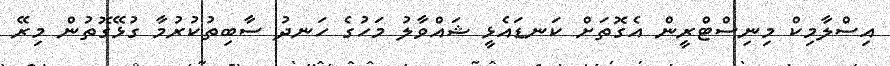
އިސްލާމިކް މިނިސްޓްރީން އެގޮތަށް ކަނޑައެޅީ ޝައްވާލު މަހުގެ ހަނދު ސާބިތުކުރުމާ ގުޅޭގޮތުން މިރޭ